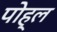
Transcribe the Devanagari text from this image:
पोह्ल